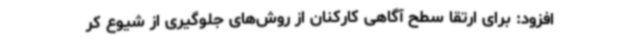
افزود: برای ارتقا سطح آگاهی کارکنان از روش‌های جلوگیری از شیوع کر